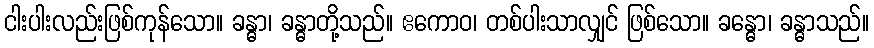
ငါးပါးလည်းဖြစ်ကုန်သော။ ခန္ဓာ၊ ခန္ဓာတို့သည်။ ဧကောဝ၊ တစ်ပါးသာလျှင် ဖြစ်သော။ ခန္ဓော၊ ခန္ဓာသည်။